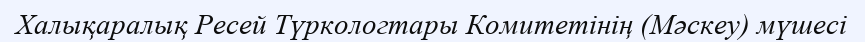
Халықаралық Ресей Түркологтары Комитетінің (Мәскеу) мүшесі